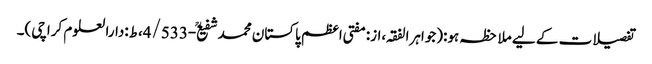
تفصیلات کے لیے ملاحظہ ہو:(جواہرالفقہ،از:مفتی اعظم پاکستان محمدشفیعؒ-4/533،ط:دارالعلوم کراچی)۔